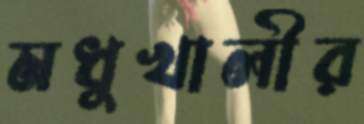
মধুখালীর